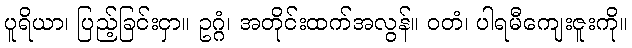
ပူရိယာ၊ ပြည့်ခြင်းငှာ။ ဥဂ္ဂံ၊ အတိုင်းထက်အလွန်။ ဝတံ၊ ပါရမီကျေးဇူးကို။